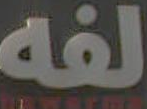
لفه